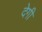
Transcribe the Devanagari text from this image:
देगीं